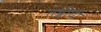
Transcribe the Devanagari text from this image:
तब्लीघी